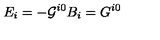
E _ { i } = - { \cal G } ^ { i 0 } B _ { i } = G ^ { i 0 }